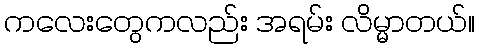
ကလေးတွေကလည်း အရမ်း လိမ္မာတယ်။